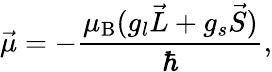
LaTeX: {\vec{\mu}}=-{\frac{\mu_{\mathrm{{B}}}(g_{l}{\vec{L}}+g_{s}{\vec{S}})}{\hbar}},